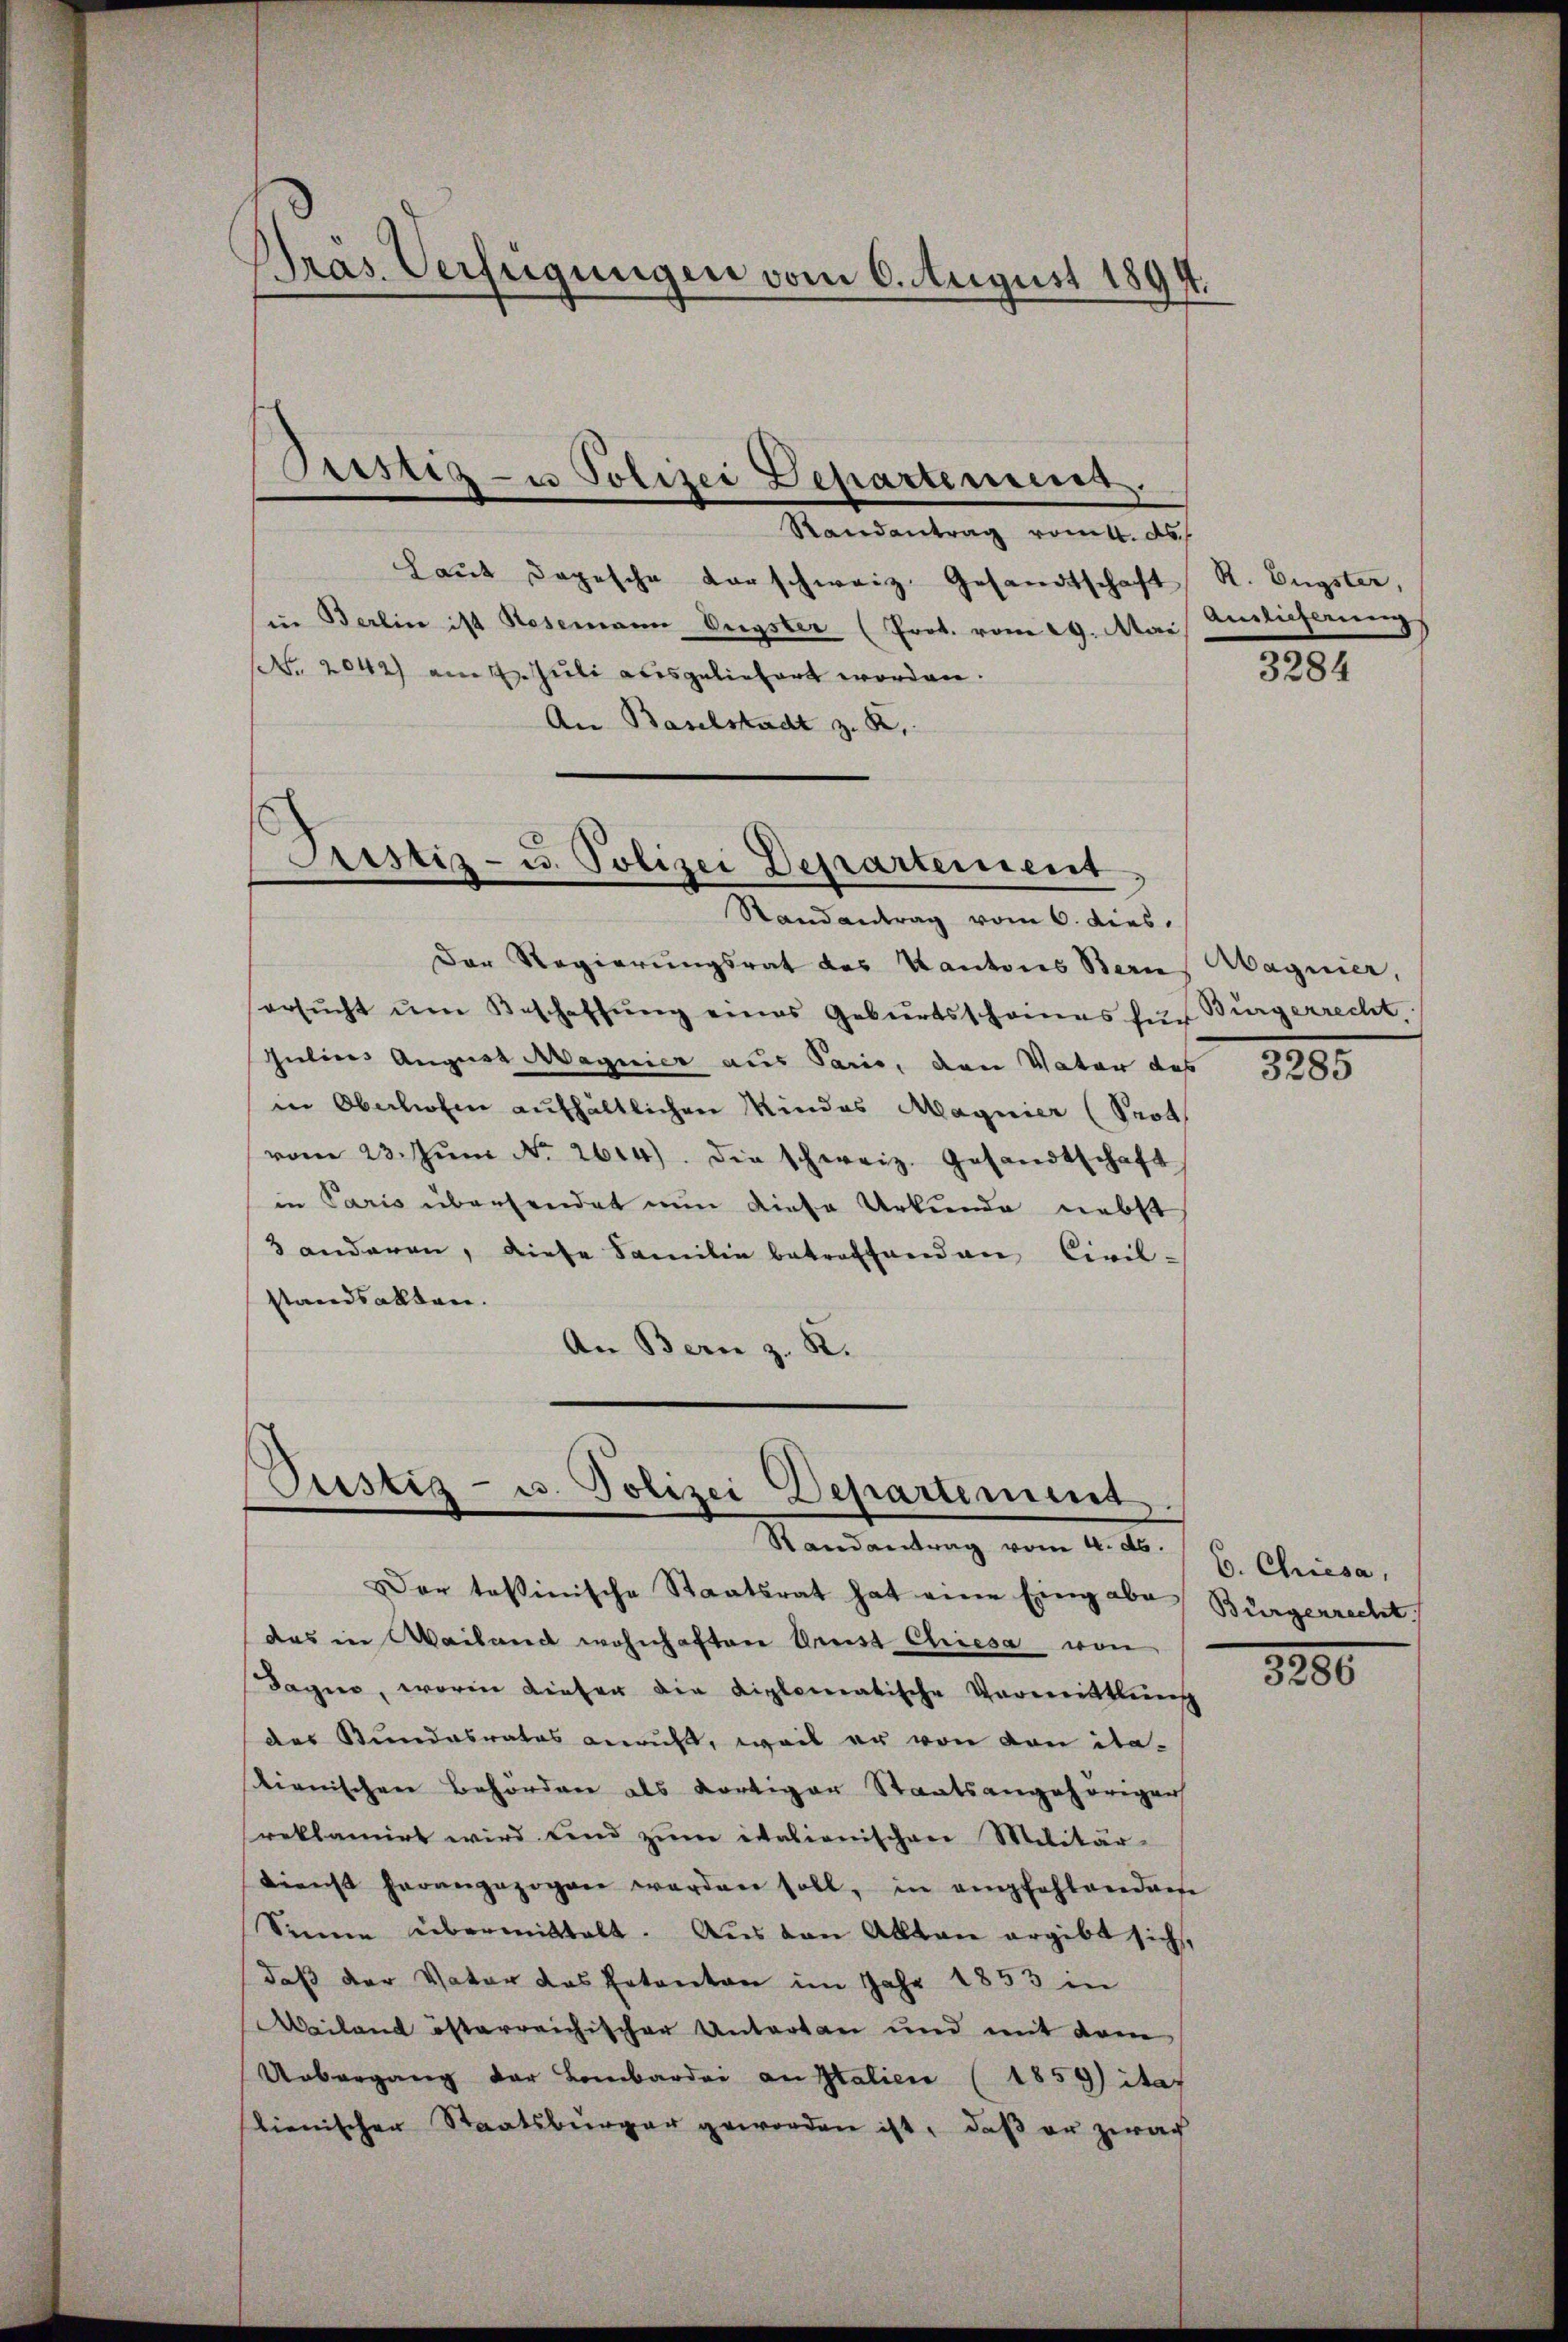
Pras Verfeigungen vom 6. August 1894.

Pristiz- u Polizei Departemens.

Randantrag vom k. ds.
haŭt dopesche Vorschweiz. Gesandtschaft R. Engster,
in Berlin ist Rosemann Eugster (Prot. vom 29. Mai Anlieferungs
. 2042) am 4. Juli abis geliefert worden.
An Baselstadt z. R.,

Justiz- u. Polizei Departement
Randantrag vom 6. dies.

Der Regierungsrat des Kantons Bern
ersŭcht ŭm Beschaffŭng eines Geburtsscheines für Bürgerrecht.
Julius August Magnier aus Paris, den Vater das
in Oberlieben aufhältlichen Mindes Magnier (Prot
vom 23. Jŭni No 2614). Die schweiz. Gesandtschaft
in Paris übersendet nun diese Urkunde nebst
3 anderen, diese Familie betreffenden Civil-
standsallten.
An Bern z. R.

Pustiz- u. Polizei Departement.
Randantrag vom 4. ds.

Der tessinische Staatsrat hat eine Eingabe
das in Mailand wohnhaften Arist Chiesa von
Dagier, worin dieser die diplomatische Vormittlung
des Stundesrates anruft, weil er von von ita-
ienischen Behörden als Kortiger Staatsangehörigen
reklamirt wird und zŭm italienischen Militär-
dienst herangezogen werden soll, in empfehlenderse
Sinne übermittelt. Aus den Alten ergibt sich,
daß der Vater das Petenten im Jahr 1853 in
Miland österreichischer Untertan und mit dem
Uebergang der Lombardi an Italien (1859 ita
lienischen Staatsbürger geworden ist, daß er zwar

3284

Abagnier,

3285

6. Chiesa,
Bürgerrecht.

3200